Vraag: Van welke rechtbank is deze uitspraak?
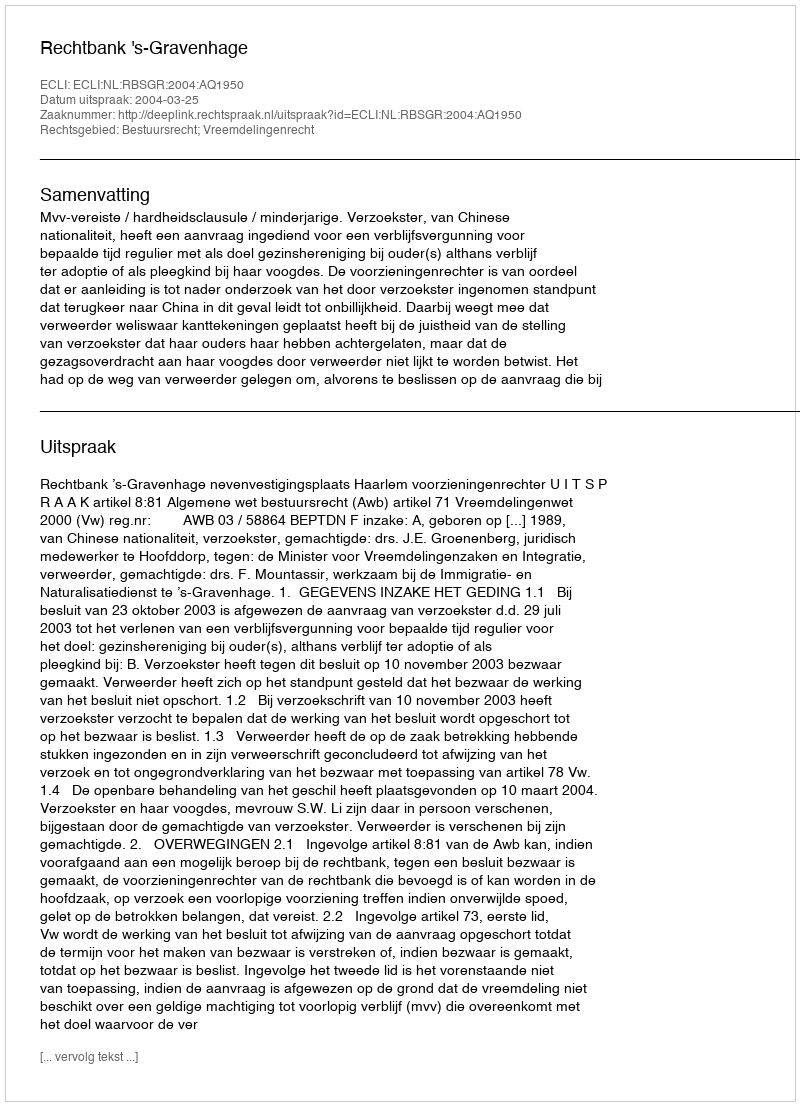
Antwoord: Rechtbank 's-Gravenhage